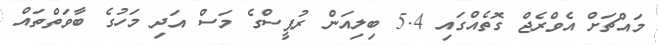
މައްޗަށް އެވްރެޖް ގޮތެއްގައި 5.4 ބިލިއަން ރުޕީސްގެ މަސް އަދި މަހުގެ ބާވަތްތައް